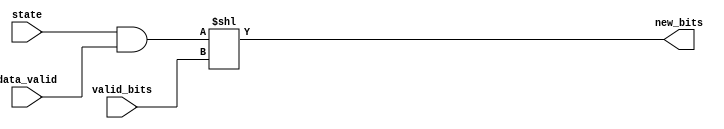
module new_bits_evaluator(
    input [R:0] state,
    input [7:0] data_valid,
    input [2:0] valid_bits,
    output [15:0] new_bits
    );
    
    parameter R = 4;
    
    assign new_bits = (state & data_valid) << valid_bits;
    
endmodule